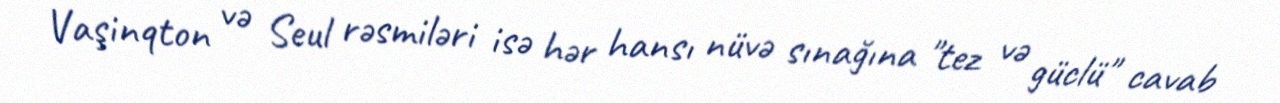
Vaşinqton və Seul rəsmiləri isə hər hansı nüvə sınağına "tez və güclü" cavab